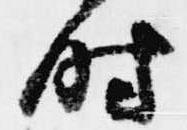
時